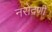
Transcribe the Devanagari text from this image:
नरोदणी